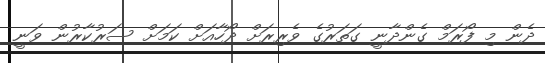
ދެން މި ފޯރަމް ގެންދާނީ ގަތަރުގެ ވެރިރަށް ދޯހާއަށް ކަމަށް ސަރުކާރުން ވަނީ